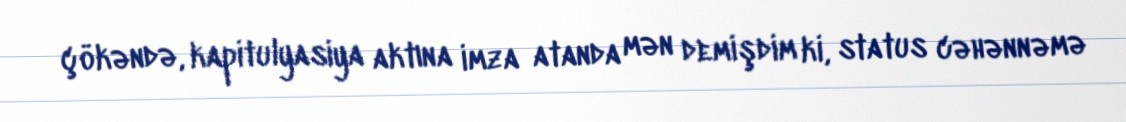
çökəndə, kapitulyasiya aktına imza atanda mən demişdim ki, status cəhənnəmə